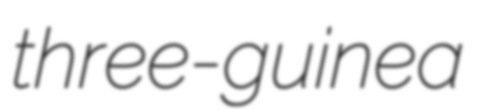
three-guinea